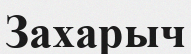
Захарыч